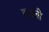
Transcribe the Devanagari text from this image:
वळुनी